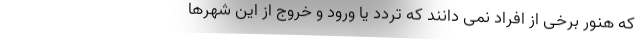
که هنور برخی از افراد نمی دانند که تردد یا ورود و خروج از این شهرها